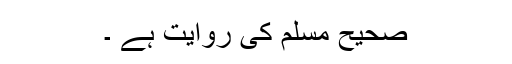
صحیح مسلم کی روایت ہے ۔